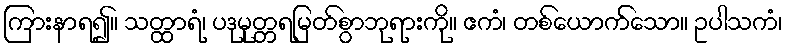
ကြားနာရ၍။ သတ္ထာရံ၊ ပဒုမုတ္တရမြတ်စွာဘုရားကို။ ဧကံ၊ တစ်ယောက်သော။ ဥပါသကံ၊